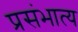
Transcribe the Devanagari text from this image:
प्रसंभात्य